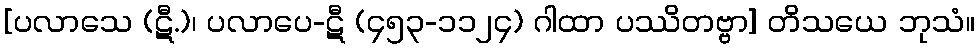
[ပလာသေ (ဋီ.)၊ ပလာပေ-ဋီ (၄၅၃-၁၁၂၄) ဂါထာ ပဿိတဗ္ဗာ] တိသယေ ဘုသံ။